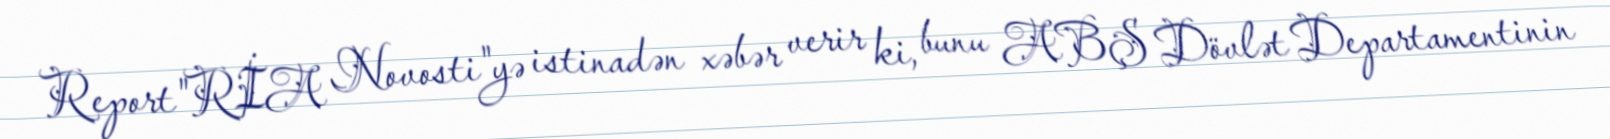
Report"RİA Novosti"yə istinadən xəbər verir ki, bunu ABŞ Dövlət Departamentinin